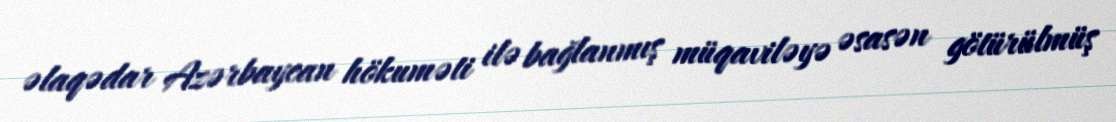
əlaqədar Azərbaycan hökuməti ilə bağlanmış müqaviləyə əsasən götürülmüş